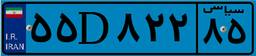
۳۲D۶۲۱۸۲